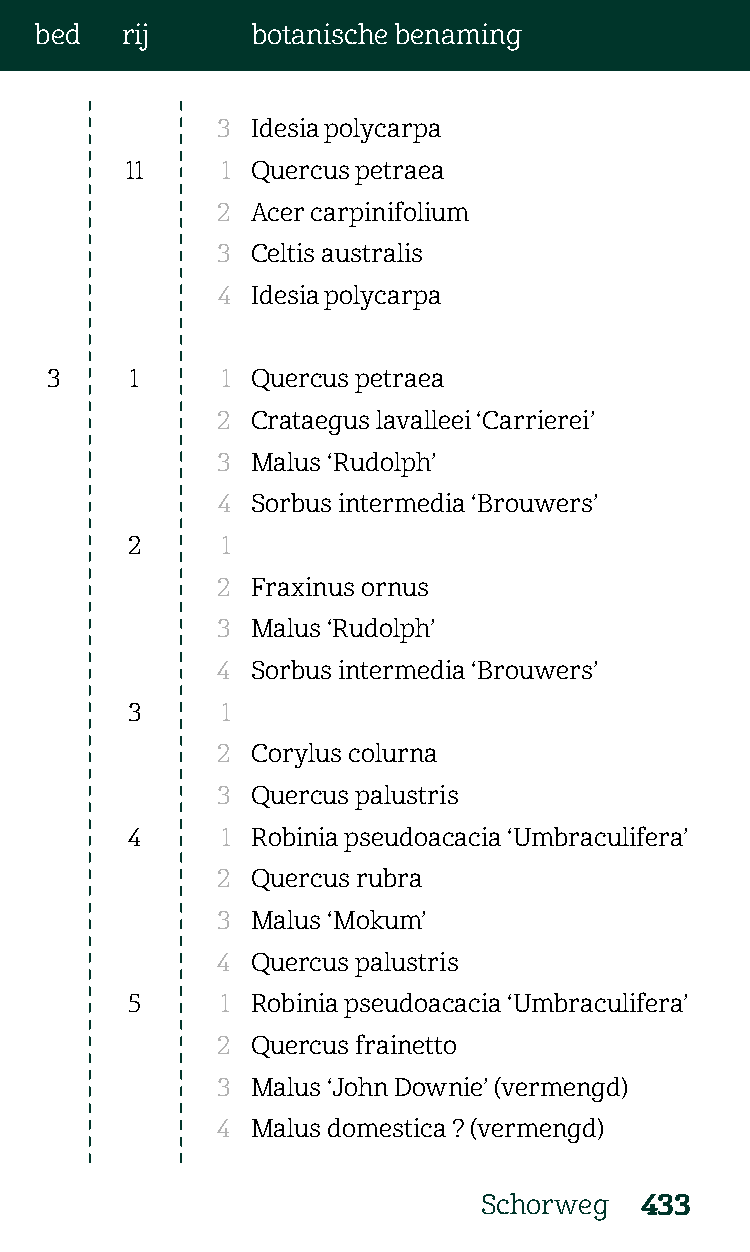
bed   rij      botanische benaming
 3  Idesia polycarpa
 11     1 Quercus petraea
 2  Acer carpinifolium
 3  Celtis australis
 4  Idesia polycarpa
 3     1     1 Quercus petraea
 2  Crataegus lavalleei ‘Carrierei’
 3  Malus ‘Rudolph’
 4  Sorbus intermedia ‘Brouwers’
 2      1
 2  Fraxinus ornus
 3  Malus ‘Rudolph’
 4  Sorbus intermedia ‘Brouwers’
 3      1
 2  Corylus colurna
 3  Quercus palustris
 4      1 Robinia pseudoacacia ‘Umbraculifera’
 2  Quercus rubra
 3  Malus ‘Mokum’
 4  Quercus palustris
 5      1 Robinia pseudoacacia ‘Umbraculifera’
 2  Quercus frainetto
 3  Malus ‘John Downie’ (vermengd)
 4  Malus domestica ? (vermengd)
 Schorweg  433